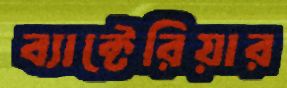
ব্যাক্টেরিয়ার